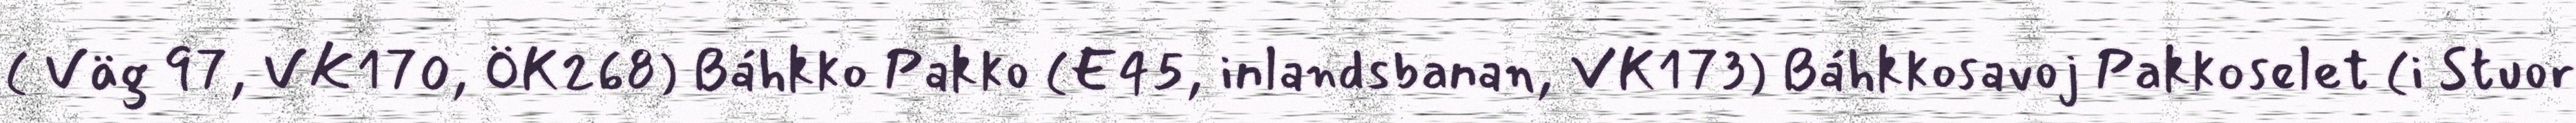
( Väg 97, VK170, ÖK268) Báhkko Pakko (E45, inlandsbanan, VK173) Báhkkosavoj Pakkoselet (i Stuor